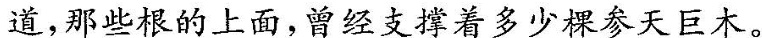
\underline{道。那些根的上面。曾经支撑着多少棵参天巨木。}